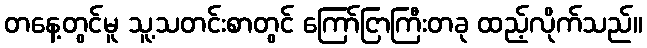
တနေ့တွင်မူ သူ့သတင်းစာတွင် ကြော်ငြာကြီးတခု ထည့်လိုက်သည်။